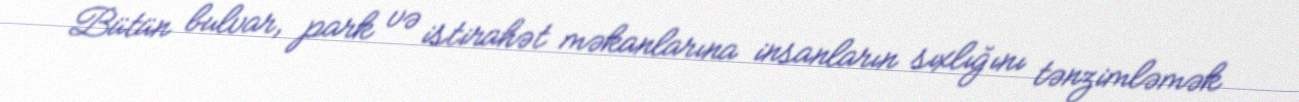
Bütün bulvar, park və istirahət məkanlarına insanların sıxlığını tənzimləmək